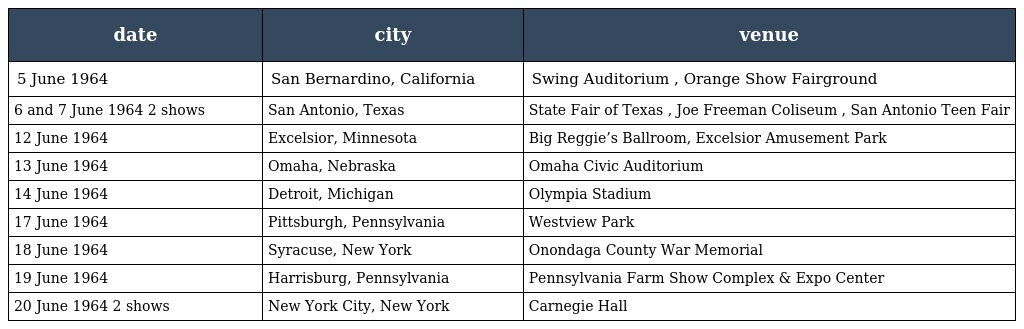
| date | city | venue |
 | --- | --- | --- |
 | 5 June 1964 | San Bernardino, California | Swing Auditorium , Orange Show Fairground |
 | 6 and 7 June 1964 2 shows | San Antonio, Texas | State Fair of Texas , Joe Freeman Coliseum , San Antonio Teen Fair |
 | 12 June 1964 | Excelsior, Minnesota | Big Reggie’s Ballroom, Excelsior Amusement Park |
 | 13 June 1964 | Omaha, Nebraska | Omaha Civic Auditorium |
 | 14 June 1964 | Detroit, Michigan | Olympia Stadium |
 | 17 June 1964 | Pittsburgh, Pennsylvania | Westview Park |
 | 18 June 1964 | Syracuse, New York | Onondaga County War Memorial |
 | 19 June 1964 | Harrisburg, Pennsylvania | Pennsylvania Farm Show Complex & Expo Center |
 | 20 June 1964 2 shows | New York City, New York | Carnegie Hall |